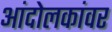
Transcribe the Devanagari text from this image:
आंदोलकांवर